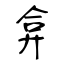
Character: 弇